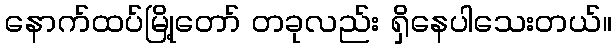
နောက်ထပ်မြို့တော် တခုလည်း ရှိနေပါသေးတယ်။